Report on vaccination in Madras 1904-1921 - 1904-1921
Year: 1904
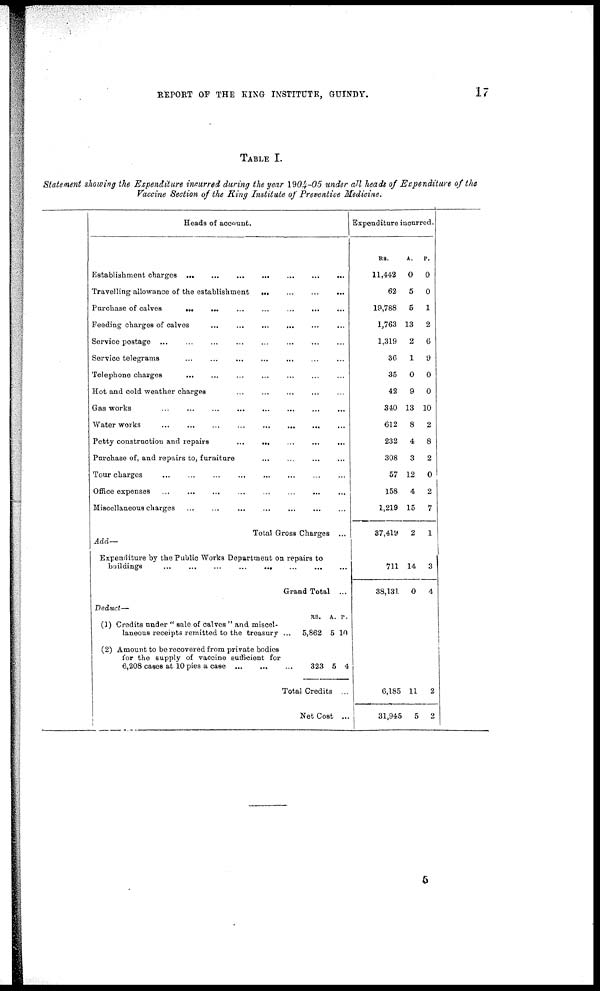
REPORT OF THE KING INSTITUTE, GUINDY.
17
TABLE I.
Statement showing the Expenditure incurred during the year 1904-05 under all heads of Expenditure of the
Vaccine Section of the King Institute of Preventive Medicine.
Heads of account.
Establishment charges ...
...
...
...
...
...
...
Travelling allowance of the establishment
...
...
...
...
Purchase of calves
...
... ... ... ... ... ...
Feeding charges of calves
...
...
...
...
...
...
Service postage
...
...
...
...
...
...
...
...
Service telegrams ... ... ... ... ... ... ...
Telephone charges
...
...
...
...
...
...
...
Hot and cold weather charges
...
...
...
...
...
Gas works ... ... ... ... ... ... ... ...
Water works
...
...
...
...
...
...
...
...
Petty construction and repairs
...
...
...
...
...
Purchase of, and repairs to, furniture ... ... ... ...
Tour charges
...
...
...
...
...
...
...
...
Office expenses ... ... ... ... ... ... ... ...
Miscellaneous charges ...
...
...
...
...
...
...
Total Gross Charges ...
Add—
Expenditure by the Public Works Department on repairs to
buildings
...
...
...
...
...
...
...
Grand Total ...
Deduct—
(1) Credits under " sale of calves " and miscel-
laneous receipts remitted to the treasury ...
(2) Amount to be recovered from private bodies
for the supply of vaccine sufficient for
6,208 cases at 10 pies a case
...
...
...
RS.
5,862
323
A.
5
5
P.
10
4
Total Credits ...
Net Cost ...
Expenditure incurred.
RS.
11,442
62
19,788
1,763
1,319
36
35
42
340
612
232
308
57
158
1,219
37,419
711
38,131
6,185
31,945
A.
0
5
5
13
2
1
0
9
13
8
4
3
12
4
15
2
14
0
11
5
P.
0
0
1
2
6
9
0
0
10
2
8
2
0
2
7
1
3
4
2
2
5